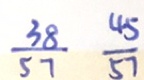
\frac { 3 8 } { 5 7 } \frac { 4 5 } { 5 7 }